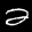
Label: 2